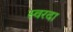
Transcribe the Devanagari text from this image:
स्वरदा